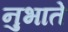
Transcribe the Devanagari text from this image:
नुभाते